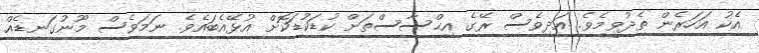
އެކު އަހަރެން ތެދުވީމެވެ. އަދިވެސް ރޭގެ އިޙްސާސްތަށް ކުޑަކުޑަކޮށް އުޅޭއެބައެވެ. ނަމަވެސް މޫނުގަނޑެއް